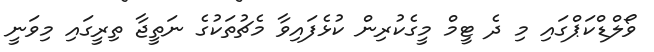
ވޯލްޑްކަޕްގައި މި ދެ ޓީމް މީގެކުރިން ކުޅެފައިވާ މެޗުތަކުގެ ނަތީޖާ ތިރީގައި މިވަނީ